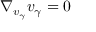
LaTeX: \nabla _ { v _ { \gamma } } v _ { \gamma } = 0